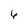
Character: 6